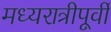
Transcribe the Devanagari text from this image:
मध्यरात्रीपूर्वी